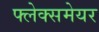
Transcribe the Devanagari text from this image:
फ्लेक्समेयर